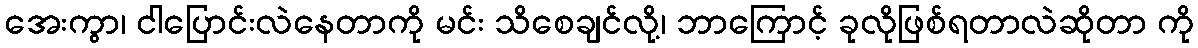
အေးကွာ၊ ငါပြောင်းလဲနေတာကို မင်း သိစေချင်လို့၊ ဘာကြောင့် ခုလိုဖြစ်ရတာလဲဆိုတာ ကို